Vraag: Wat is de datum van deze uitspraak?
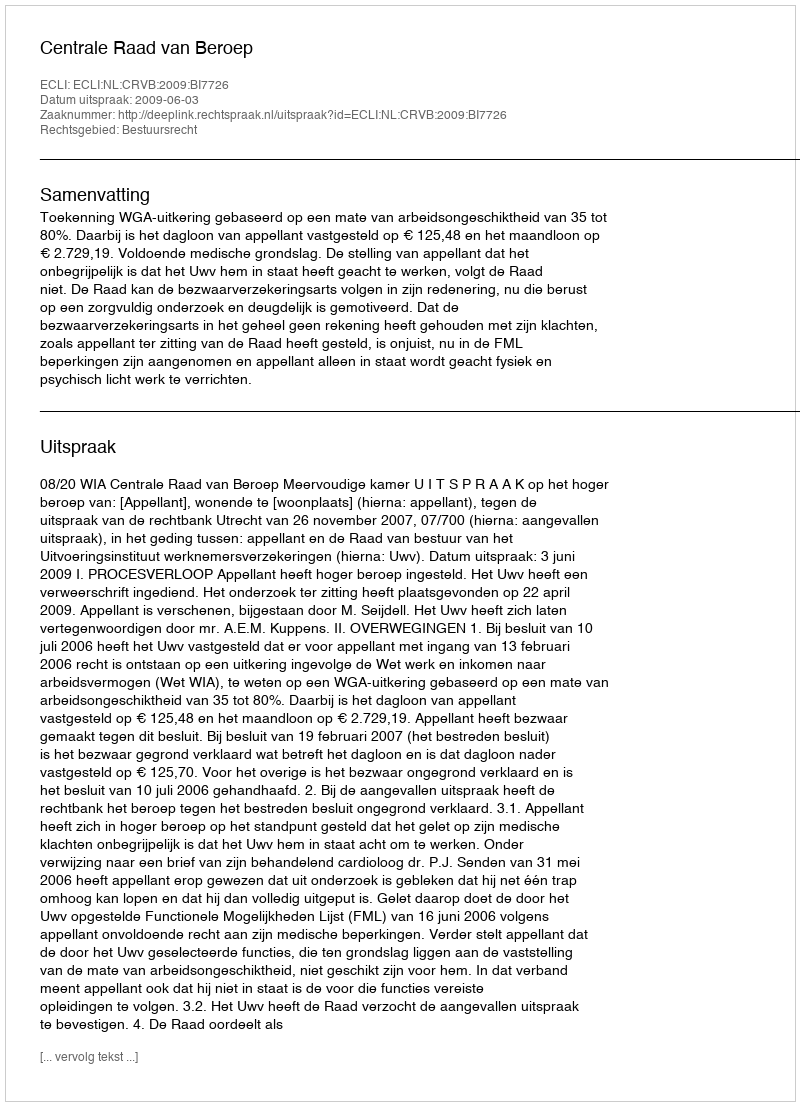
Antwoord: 2009-06-03